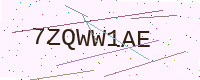
Text: 7ZQWW1AE